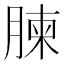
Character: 𮌥